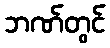
ဘဏ်တွင်